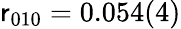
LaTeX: \mathsf{r}_{010}=0.054(4)